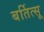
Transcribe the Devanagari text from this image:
बर्तित्सू